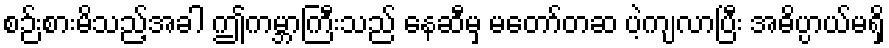
စဉ်းစားမိသည့်အခါ ဤကမ္ဘာကြီးသည် နေဆီမှ မတော်တဆ ပဲ့ကျလာပြီး အဓိပ္ပာယ်မရှိ